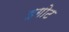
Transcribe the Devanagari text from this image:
इगोट